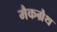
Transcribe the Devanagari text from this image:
मैकग्रैथ